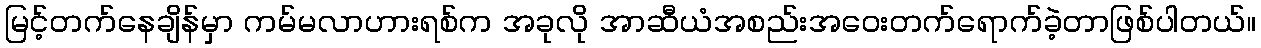
မြင့်တက်နေချိန်မှာ ကမ်မလာဟားရစ်က အခုလို အာဆီယံအစည်းအဝေးတက်ရောက်ခဲ့တာဖြစ်ပါတယ်။